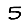
Digit: 5